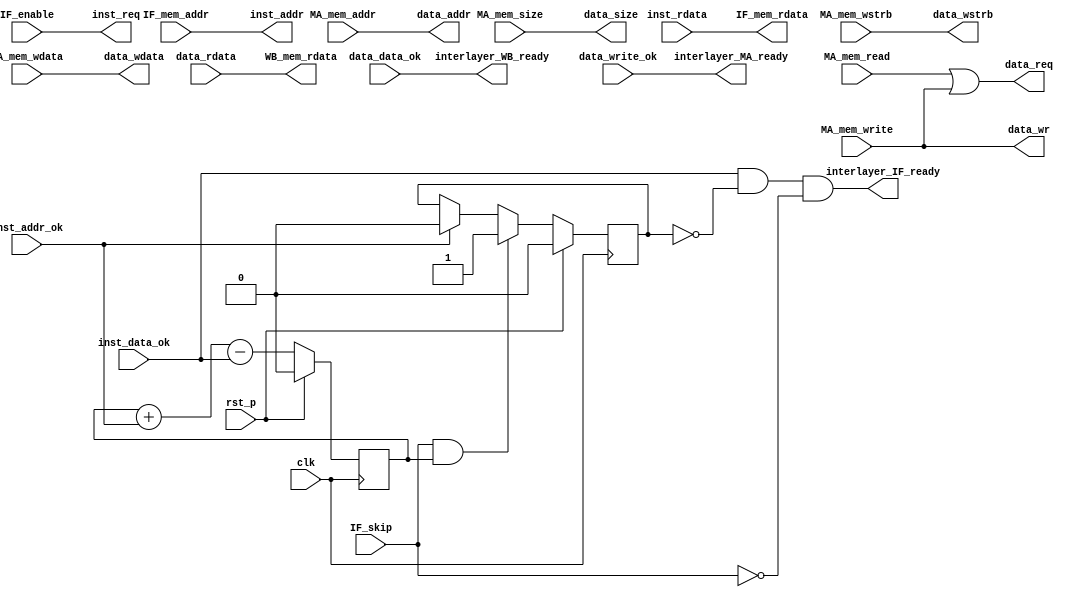
module interlayer(
    input clk,
    input rst_p,

    //IF
    input  IF_enable,
    input  IF_skip,
    output interlayer_IF_ready,
    input  [31 : 0] IF_mem_addr,
    output [31 : 0] IF_mem_rdata,

	//inst sram_like
	output inst_req,
    output [31 : 0] inst_addr,
    input  [31 : 0] inst_rdata,
    input  inst_addr_ok,
    input  inst_data_ok,

    //WB
    input  MA_mem_read,
    input  MA_mem_write,
    output interlayer_MA_ready,
    output interlayer_WB_ready,
    input  [ 3 : 0] MA_mem_wstrb,
    input  [31 : 0] MA_mem_addr,
    input  [ 2 : 0] MA_mem_size,
    input  [31 : 0] MA_mem_wdata,
    output [31 : 0] WB_mem_rdata,

	//data sram_like
	output data_req,
    output data_wr,
    output [31 : 0] data_addr,
    output [ 2 : 0] data_size,
    output [ 3 : 0] data_wstrb,
    output [31 : 0] data_wdata,
    input  [31 : 0] data_rdata,
    input  data_data_ok,
    input  data_write_ok
);

reg inst_undone;
always @(posedge clk)
begin
    if(rst_p) inst_undone <= 1'd0;
    else inst_undone <= inst_undone + inst_addr_ok - inst_data_ok;
end

reg skip_state;
always @(posedge clk)
begin
    if(rst_p) skip_state <= 1'd0;
    else if(IF_skip && inst_undone) skip_state <= 1'd1;
    else if(inst_addr_ok) skip_state <= 1'd0;
    else ;
end

assign interlayer_IF_ready = inst_data_ok && !skip_state && !IF_skip;
assign IF_mem_rdata        = inst_rdata;

assign inst_req  = IF_enable;
assign inst_addr = IF_mem_addr;

assign interlayer_MA_ready = data_write_ok;
assign interlayer_WB_ready = data_data_ok;
assign WB_mem_rdata        = data_rdata;

assign data_req   = MA_mem_read || MA_mem_write;
assign data_wr    = MA_mem_write;
assign data_addr  = MA_mem_addr;
assign data_size  = MA_mem_size;
assign data_wstrb = MA_mem_wstrb;
assign data_wdata = MA_mem_wdata;

endmodule